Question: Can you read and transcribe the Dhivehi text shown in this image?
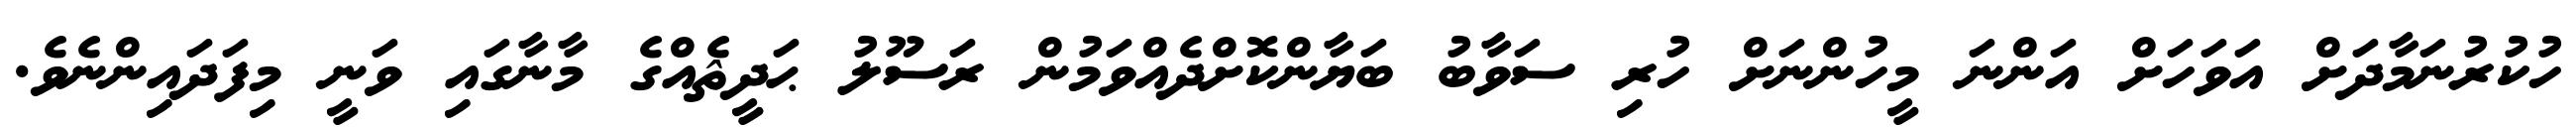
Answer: ހުކުރުނަމާދަށް އަވަހަށް އަންނަ މީހުންނަށް ހުރި ސަވާބު ބަޔާންކޮށްދެއްވަމުން ރަސޫލު ޙަދީޘެއްގެ މާނާގައި ވަނީ މިފަދައިންނެވެ.